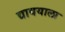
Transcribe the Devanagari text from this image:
द्यावयाला